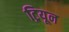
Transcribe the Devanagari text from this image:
ट्रियून